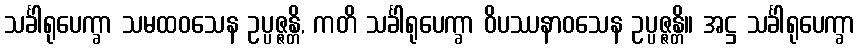
သင်္ခါရုပေက္ခာ သမထဝသေန ဥပ္ပဇ္ဇန္တိ, ကတိ သင်္ခါရုပေက္ခာ ဝိပဿနာဝသေန ဥပ္ပဇ္ဇန္တိ။ အဋ္ဌ သင်္ခါရုပေက္ခာ